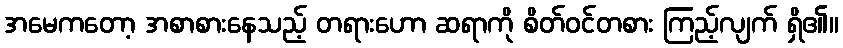
အမေကတော့ အစာစားနေသည့် တရားဟော ဆရာကို စိတ်ဝင်တစား ကြည့်လျက် ရှိ၏။